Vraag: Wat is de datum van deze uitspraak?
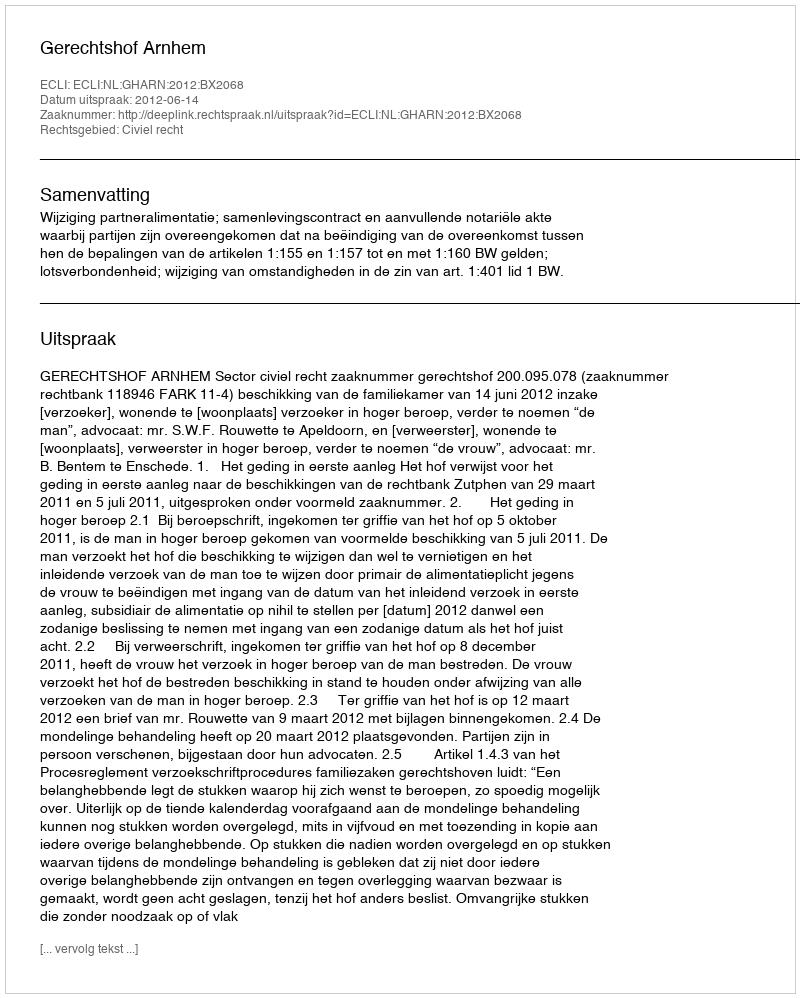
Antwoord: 2012-06-14